Civil Veterinary Department. Central Provinces & Berar 1925-31 - 1925-1931
Year: 1925
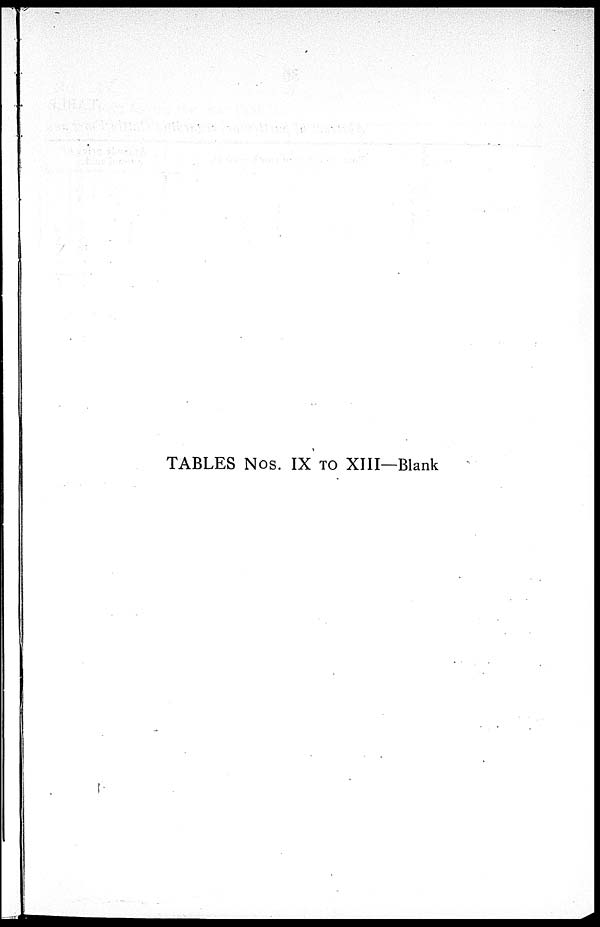
TABLES NOS. IX TO XIII—Blank